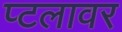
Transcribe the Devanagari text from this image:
प्टलावर